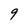
Character: 9